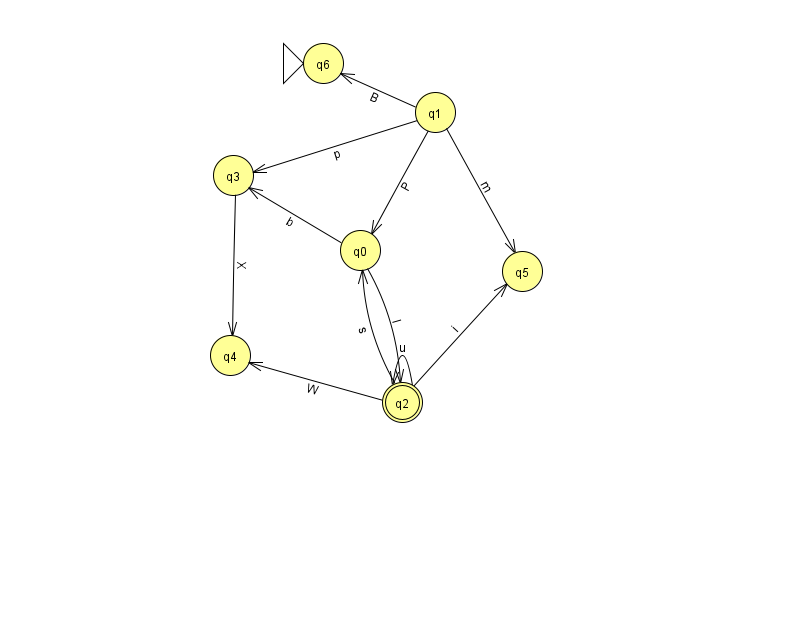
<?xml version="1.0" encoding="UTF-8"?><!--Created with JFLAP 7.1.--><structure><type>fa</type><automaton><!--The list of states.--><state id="0" name="q0"><x>360.0</x><y>237.0</y></state><state id="1" name="q1"><x>435.0</x><y>99.0</y></state><state id="2" name="q2"><x>402.0</x><y>389.0</y><final/></state><state id="3" name="q3"><x>233.0</x><y>162.0</y></state><state id="4" name="q4"><x>230.0</x><y>342.0</y></state><state id="5" name="q5"><x>522.0</x><y>258.0</y></state><state id="6" name="q6"><x>323.0</x><y>50.0</y><initial/></state><!--The list of transitions.--><transition><from>0</from><to>2</to><read>I</read></transition><transition><from>1</from><to>5</to><read>m</read></transition><transition><from>2</from><to>5</to><read>i</read></transition><transition><from>1</from><to>3</to><read>p</read></transition><transition><from>2</from><to>2</to><read>u</read></transition><transition><from>1</from><to>6</to><read>B</read></transition><transition><from>2</from><to>4</to><read>W</read></transition><transition><from>3</from><to>4</to><read>X</read></transition><transition><from>0</from><to>3</to><read>b</read></transition><transition><from>2</from><to>0</to><read>s</read></transition><transition><from>1</from><to>0</to><read>P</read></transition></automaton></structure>